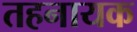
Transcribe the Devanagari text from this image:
तहनायक